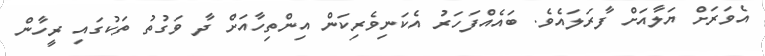
އެވަރަށް ޔަލާއަށް ފާރަލައެވެ. ބައެއްފަހަރު އެކަނިވެރިކަން އިންތިހާއަށް ދާ ވަގުތު ތަކުގައި ރީހާން